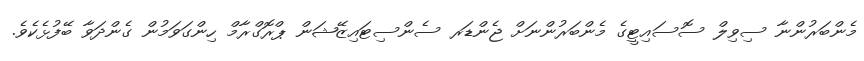
މެންބަރުންނާ ސިވިލް ސޮސައިޓީގެ މެންބަރުންނަށް ޖެންޑަރ ސެންސިޓައިޒޭޝަން ޕްރޮގްރާމް ހިންގަވަމުން ގެންދަވާ ބޭފުޅެކެވެ.